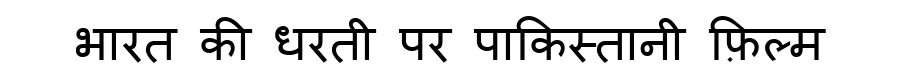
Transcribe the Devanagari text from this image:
भारत की धरती पर पाकिस्तानी फ़िल्म